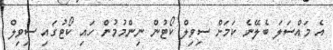
އެ މައްސަލަ ބެލޭނެ ކަމަށް ސިވިލް ކޯޓުން ނިންމުމުން ހައި ކޯޓުގައި ސިވިލް